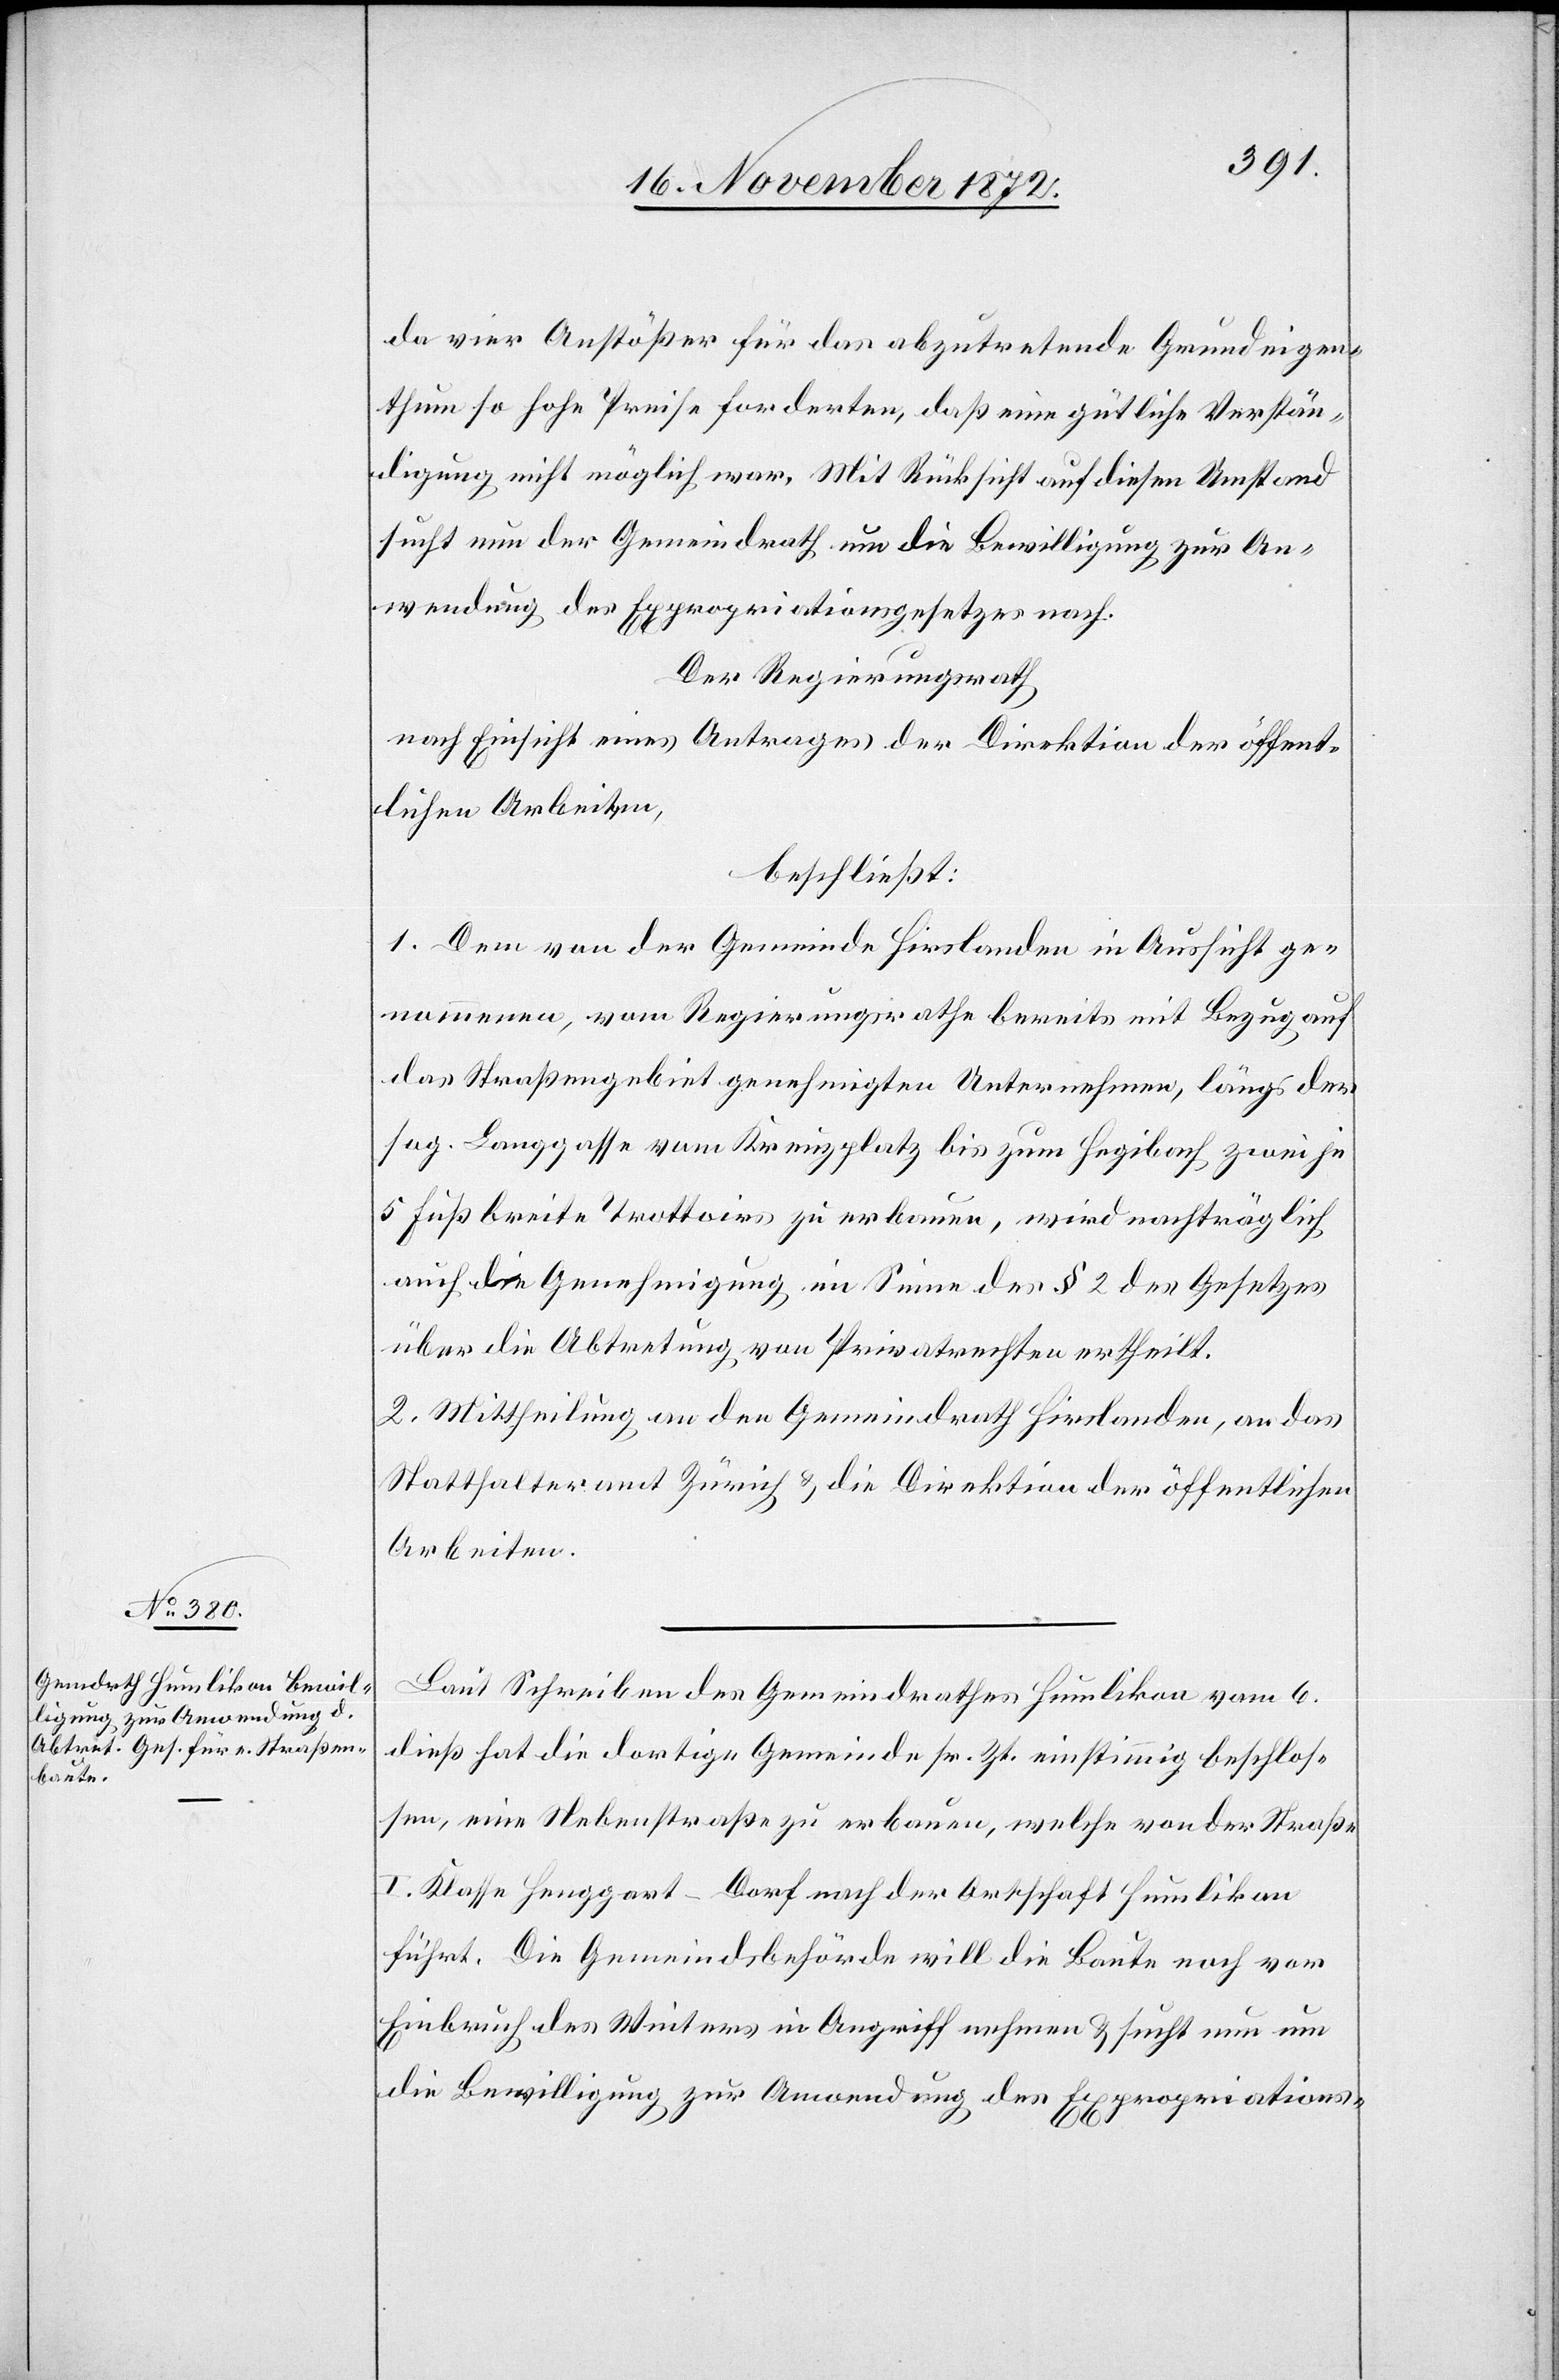
da vier Anstößer für das abzutretende Grundeigen¬
thum so hohe Preise forderten, daß eine gütliche Verstän¬
digung nicht möglich war. Mit Rücksicht auf diesen Umstand
sucht nun der Gemeindrath um die Bewilligung zur An¬
wendung des Expropriationsgesetzes nach.
Der Regierungsrath
nach Einsicht eines Antrages der Direktion der öffent¬
lichen Arbeiten,
beschließt:
1. Dem von der Gemeinde Hirslanden in Aussicht ge¬
nommenen, vom Regierungsrathe bereits mit Bezug auf
das Straßengebiet genehmigten Unternehmen, längs der
sog. Langgasse vom Kreuzplatz bis zum Hegibach zwei je
5 Fuß breite Trottoirs zu erbauen, wird nachträglich
auch die Genehmigung im Sinne des § 2 des Gesetzes
über die Abtretung von Privatrechten ertheilt.
2. Mittheilung an den Gemeindrath Hirslanden, an das
Statthalteramt Zürich u. die Direktion der öffentlichen
Arbeiten.
Laut Schreiben des Gemeindrathes Humlikon vom 6.
dieß hat die dortige Gemeinde sr. Zt. einstimmig beschlos¬
sen, eine Nebenstraße zu erbauen, welche von der Straße
I. Klasse Henggart–Dorf nach der Ortschaft Humlikon
führt. Die Gemeindsbehörde will die Baute noch vor
Einbruch des Winters in Angriff nehmen u. sucht nun um
die Bewilligung zur Anwendung des Expropriations-